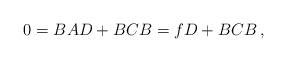
LaTeX: \begin{align*}0 = BAD + BCB = fD + BCB\,,\end{align*}